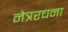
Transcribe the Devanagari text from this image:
नेत्ररचना